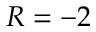
R = - 2